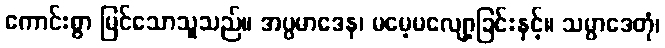
ကောင်းစွာ မြင်သောသူသည်။ အပ္ပမာဒေန၊ မမေ့မလျော့ခြင်းနှင့်။ သမ္ပာဒေတုံ၊